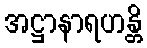
အဋ္ဌာနာရဟန္တိ